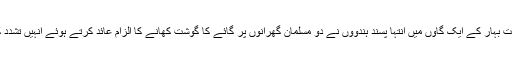
گزشتہ روز ریاست بہار کے ایک گاوں میں انتہا پسند ہندووں نے دو مسلمان گھرانوں پر گائے کا گوشت کھانے کا الزام عائد کرتے ہوئے انہیں تشدد کا نشانہ بنایا ہے۔